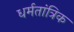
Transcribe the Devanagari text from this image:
धर्मतांत्रिक